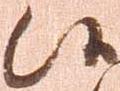
候